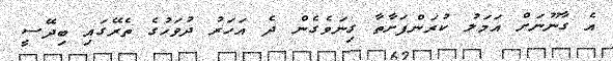
އެ ގާނޫނަށް އަމަލު ކުރަންފަށާތާ ގިނަވެގެން ދެ އަހަރު ދުވަހުގެ ތެރޭގައި ބިދޭސީ